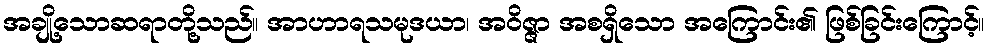
အချို့သောဆရာတို့သည်။ အာဟာရသမုဒယာ၊ အဝိဇ္ဇာ အစရှိသော အကြောင်း၏ ဖြစ်ခြင်းကြောင့်။